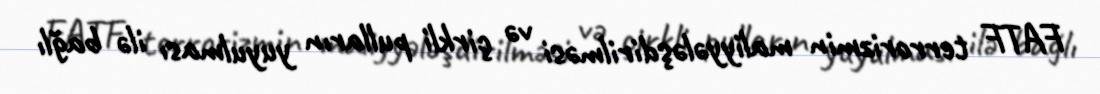
FATF terrorizmin maliyyələşdirilməsi və çirkli pulların yuyulması ilə bağlı